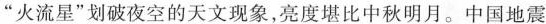
”火流星”划破夜空的天文现象，亮度堪比中秋明月。中国地震